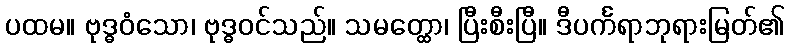
ပထမ။ ဗုဒ္ဓဝံသော၊ ဗုဒ္ဓဝင်သည်။ သမတ္ထော၊ ပြီးစီးပြီ။ ဒီပင်္ကရာဘုရားမြတ်၏